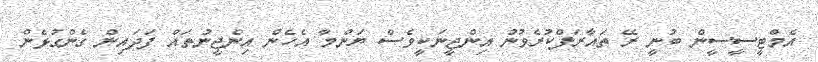
އެމްޓީސީސީން ބުނީ ރޭ ތައާރަފްކުރެވުނު އިންޖީނަކީވެސް ޔަންމާ އެހެން އިންޖީނުތައް ފަދައިން ގެންގުޅެން